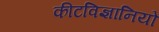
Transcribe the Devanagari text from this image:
कीटविज्ञानियों